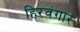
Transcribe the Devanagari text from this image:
हिरवंगार